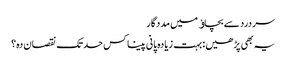
سردرد سے بچاﺅ میں مددگار
یہ بھی پڑھیں : بہت زیادہ پانی پینا کس حد تک نقصان دہ؟